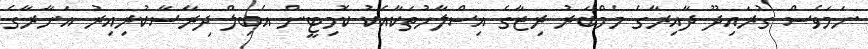
ނަމަވެސް ގުރައިދޫ ދާއިރާގެ މެމްބަރު ރިޒާގެ އިސްލާހުތަކާއެކު ކޮމިޓީން އެބިލް ދިރާސާކުރިއިރު އަނާރާގެ